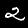
Label: 2